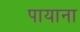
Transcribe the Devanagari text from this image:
पायाना